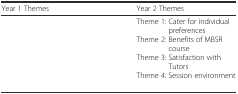
<table><thead><tr><td><b>Year 1 Themes</b></td><td><b>Year 2 Themes</b></td></tr></thead><tbody><tr><td>[EMPTY_CELL]</td><td>Theme 1: Cater for individual preferencesTheme 2: Benefits of MBSR courseTheme 3: Satisfaction with TutorsTheme 4: Session environment</td></tr></tbody></table>